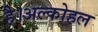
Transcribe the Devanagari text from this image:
है।अल्कोहल